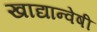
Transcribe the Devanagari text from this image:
खाद्यान्वेषी